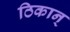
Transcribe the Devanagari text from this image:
ठिकान्